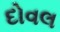
દોવલ